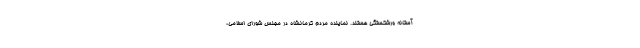
آستانه ورشکستگی هستند. نماینده مردم کرمانشاه در مجلس شورای اسلامی،